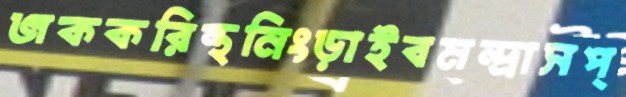
জককরিন্থনিংড়াইবমন্দ্রাসপ্